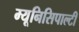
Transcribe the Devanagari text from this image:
म्यूनिसिपाल्टी